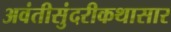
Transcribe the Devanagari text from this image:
अवंतीसुंदरीकथासार